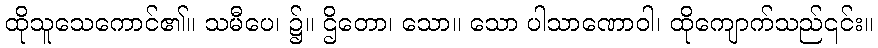
ထိုသူသေကောင်၏။ သမီပေ၊ ၌။ ဌိတော၊ သော။ သော ပါသာဏောဝါ၊ ထိုကျောက်သည်၎င်း။